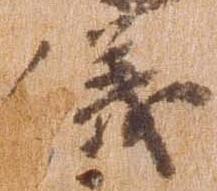
儀